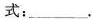
式：___。